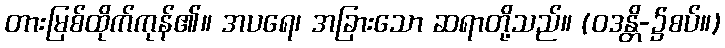
တားမြစ်ထိုက်ကုန်၏။ အပရေ၊ အခြားသော ဆရာတို့သည်။ (ဝဒန္တိ-၌စပ်။)